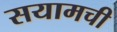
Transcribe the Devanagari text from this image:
सयामची